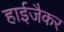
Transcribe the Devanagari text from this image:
हाईजैकर